Indian journal of veterinary science and animal husbandry - Volume 7,
Year: 1937
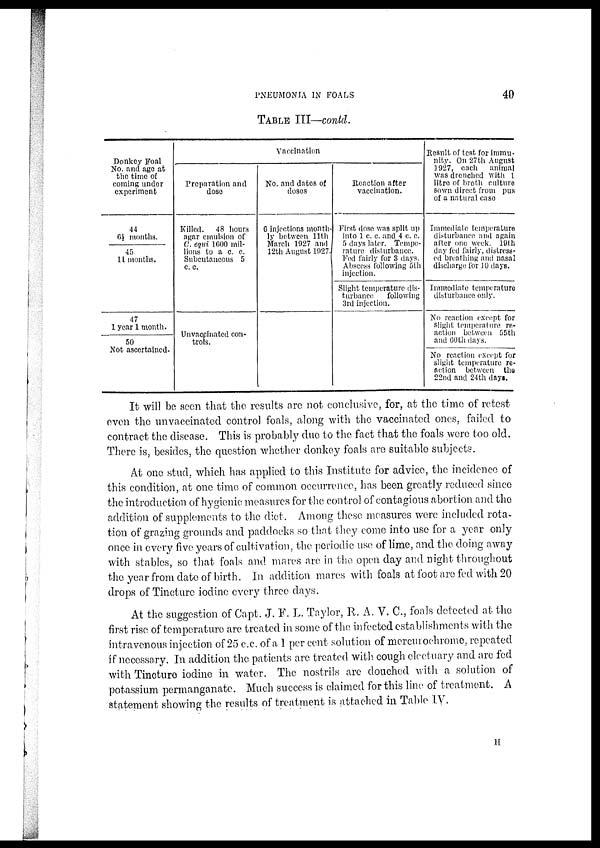
PNEUMONIA IN FOALS
40
TABLE III—contd.
Donkey Foal
No. and age at
the time of
coming under
experiment
44
6½ months.
45
11 months.
47
1 year 1 month.
50
Not ascertained.
Vaccination
Preparation and
dose
Killed. 48 hours
agar emulsion of
C. equi 1600 mil-
lions to a c. c.
Subcutaneous 5
c.c.
Unvaccinated con-
trols.
No. and dates of
doses
6 injections month-
ly between 11th
March 1927 and
12th August 1927.
Reaction after
vaccination.
First dose was split up
into 1 c. c. and 4 c. c.
5 days later. Tempe-
rature disturbance.
Fed fairly for 3 days.
Abscess following 5th
injection.
Slight temperature dis-
turbance
following
3rd injection.
Result of test for immu-
nity. On 27th August
1927, each animal
was drenched with 1
litre of broth culture
sown direct from pus
of a natural case
Immediate temperature
disturbance and again
after one week. 19th
day fed fairly, distress-
ed breathing and nasal
discharge for 10 days.
Immediate temperature
disturbance only.
No reaction except for
slight temperature re-
action between 55th
and 60th days.
No reaction except for
slight temperature re-
action between the
22nd and 24th days.
It will be seen that the results are not conclusive, for, at the time of retest
even the unvaccinated control foals, along with the vaccinated ones, failed to
contract the disease. This is probably due to the fact that the foals were too old.
There is, besides, the question whether donkey foals are suitable subjects.
At one stud, which has applied to this Institute for advice, the incidence of
this condition, at one time of common occurrence, has been greatly reduced since
the introduction of hygienic measures for the control of contagious abortion and the
addition of supplements to the diet. Among these measures were included rota-
tion of grazing grounds and paddocks so that they come into use for a year only
once in every five years of cultivation, the periodic use of lime, and the doing away
with stables, so that foals and mares are in the open day and night throughout
the year from date of birth. In addition mares with foals at foot are fed with 20
drops of Tincture iodine every three days.
At the suggestion of Capt. J. F. L. Taylor, R. A. V. C., foals detected at the
first rise of temperature are treated in some of the infected establishments with the
intravenous injection of 25 c.c. of a 1 per cent solution of mercurochrome, repeated
if necessary. In addition the patients are treated with cough electuary and are fed
with Tincture iodine in water. The nostrils are douched with a solution of
potassium permanganate. Much success is claimed for this line of treatment. A
statement showing the results of treatment is attached in Table IV.
H